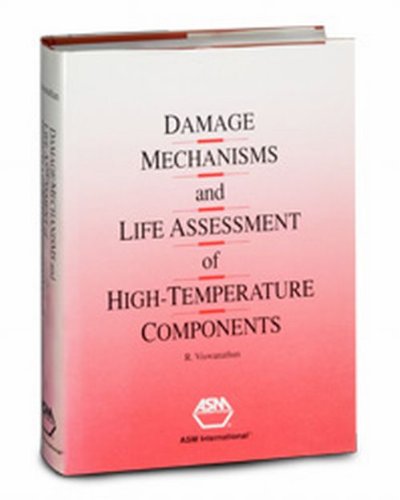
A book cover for Damage Mechanisms and Life Assessment of High Temperature Components; Ramaswamy Viswanathan; Science & Math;